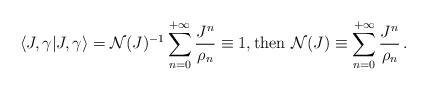
LaTeX: \begin{align*} \langle J,\gamma\vert J,\gamma\rangle = \mathcal{N}(J)^{-1}\sum_{n =0}^{+\infty}\frac{J^n}{\rho_n} \equiv 1, \textrm{then }\mathcal{N}(J) \equiv \sum_{n =0}^{+\infty}\frac{J^n}{\rho_n}\,.\end{align*}